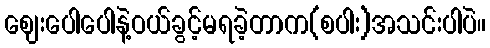
ဈေးပေါပေါနဲ့ဝယ်ခွင့်မရခဲ့တာက(စပါး)အသင်းပါပဲ။